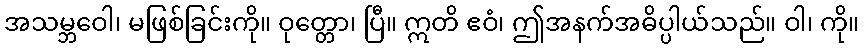
အသမ္ဘဝေါ၊ မဖြစ်ခြင်းကို။ ဝုတ္တော၊ ပြီ။ ဣတိ ဧဝံ၊ ဤအနက်အဓိပ္ပါယ်သည်။ ဝါ၊ ကို။